system: You are a helpful assistant.
user:
Analyze the provided spectrum to determine if it is a **M-type Giant (gM)**.

A M-type Giant spectrum is defined by its **strong molecular absorption** features, particularly from **Titanium Oxide (TiO)**. You must check for one of the following mutually exclusive signatures:

- **Key Visual Indicators (Absorption-Dominated Spectrum):**

    - **(Primary):** The spectrum is dominated by strong molecular absorption from **Titanium Oxide (TiO)**. This is the **defining feature** of its M-type temperature class.
        - **(Key Bandheads):** Look for sharp, "saw-tooth" absorption valleys. The strongest are located near **~7050 Å**, **~6160 Å**, and **~5170 Å**.
        - **(Line Profile):** The "saw-tooth" morphology is critical: a **sharp, steep drop on the BLUE (short-wavelength) side** of the bandhead, followed by a gradual recovery (rising flux) towards the RED (long-wavelength) side.

    - **(Key Confirmation - Giant vs. Dwarf):** **ABSENCE** of strong **Calcium Hydride (CaH)** molecular bands. This is the primary diagnostic for *excluding* M-dwarfs.
        - **(Key Region):** The spectrum should lack the strong, broad absorption band seen in dwarfs between **~6800 Å and ~7000 Å**.

    - **(Secondary Confirmation - Giant):** A very strong and broad **Neutral Calcium (Ca I)** atomic absorption line.
        - **(Key Line):** Located at **~4226 Å**. In a giant (gM), this line is significantly deeper and broader than the same line in an M-dwarf (dM) due to low surface gravity.

    - **(Overall Spectrum):**
        - The continuum is **extremely red-sloping** (i.e., flux is very low in the blue and rises dramatically towards the red).
        - The entire spectrum appears "chopped up" by the deep TiO bands.

Think first, call **spectral_visualization_tool** if needed to examine features in detail, then provide your final answer. Your response must adhere to the following strict rules:
1.  **Overall Structure:** Your response must follow the format `<think>...</think> <tool_call>...</tool_call> (if a tool is used) <answer>...</answer>`.
2.  **Tool Usage Constraint:** You may only make **one** tool call per turn.
3.  **Final Answer Format:** In the `<answer>` tag, your conclusion must be inside a `\boxed{}` command (e.g., `\boxed{YES}` or `\boxed{NO}`), followed by your justification.

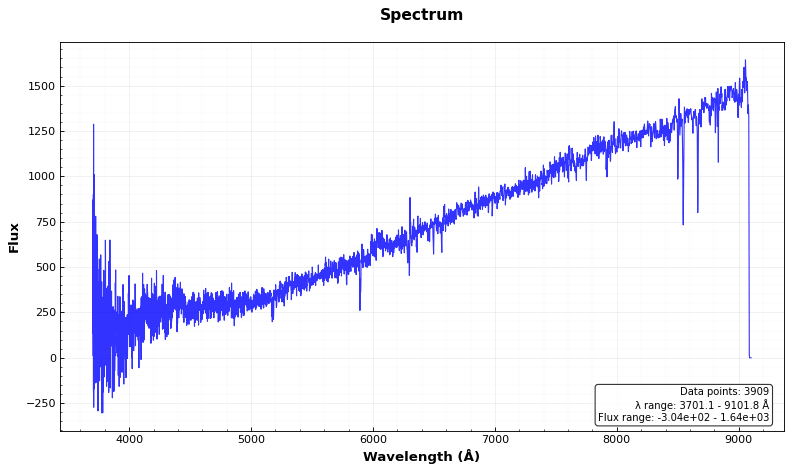
Answer: NO